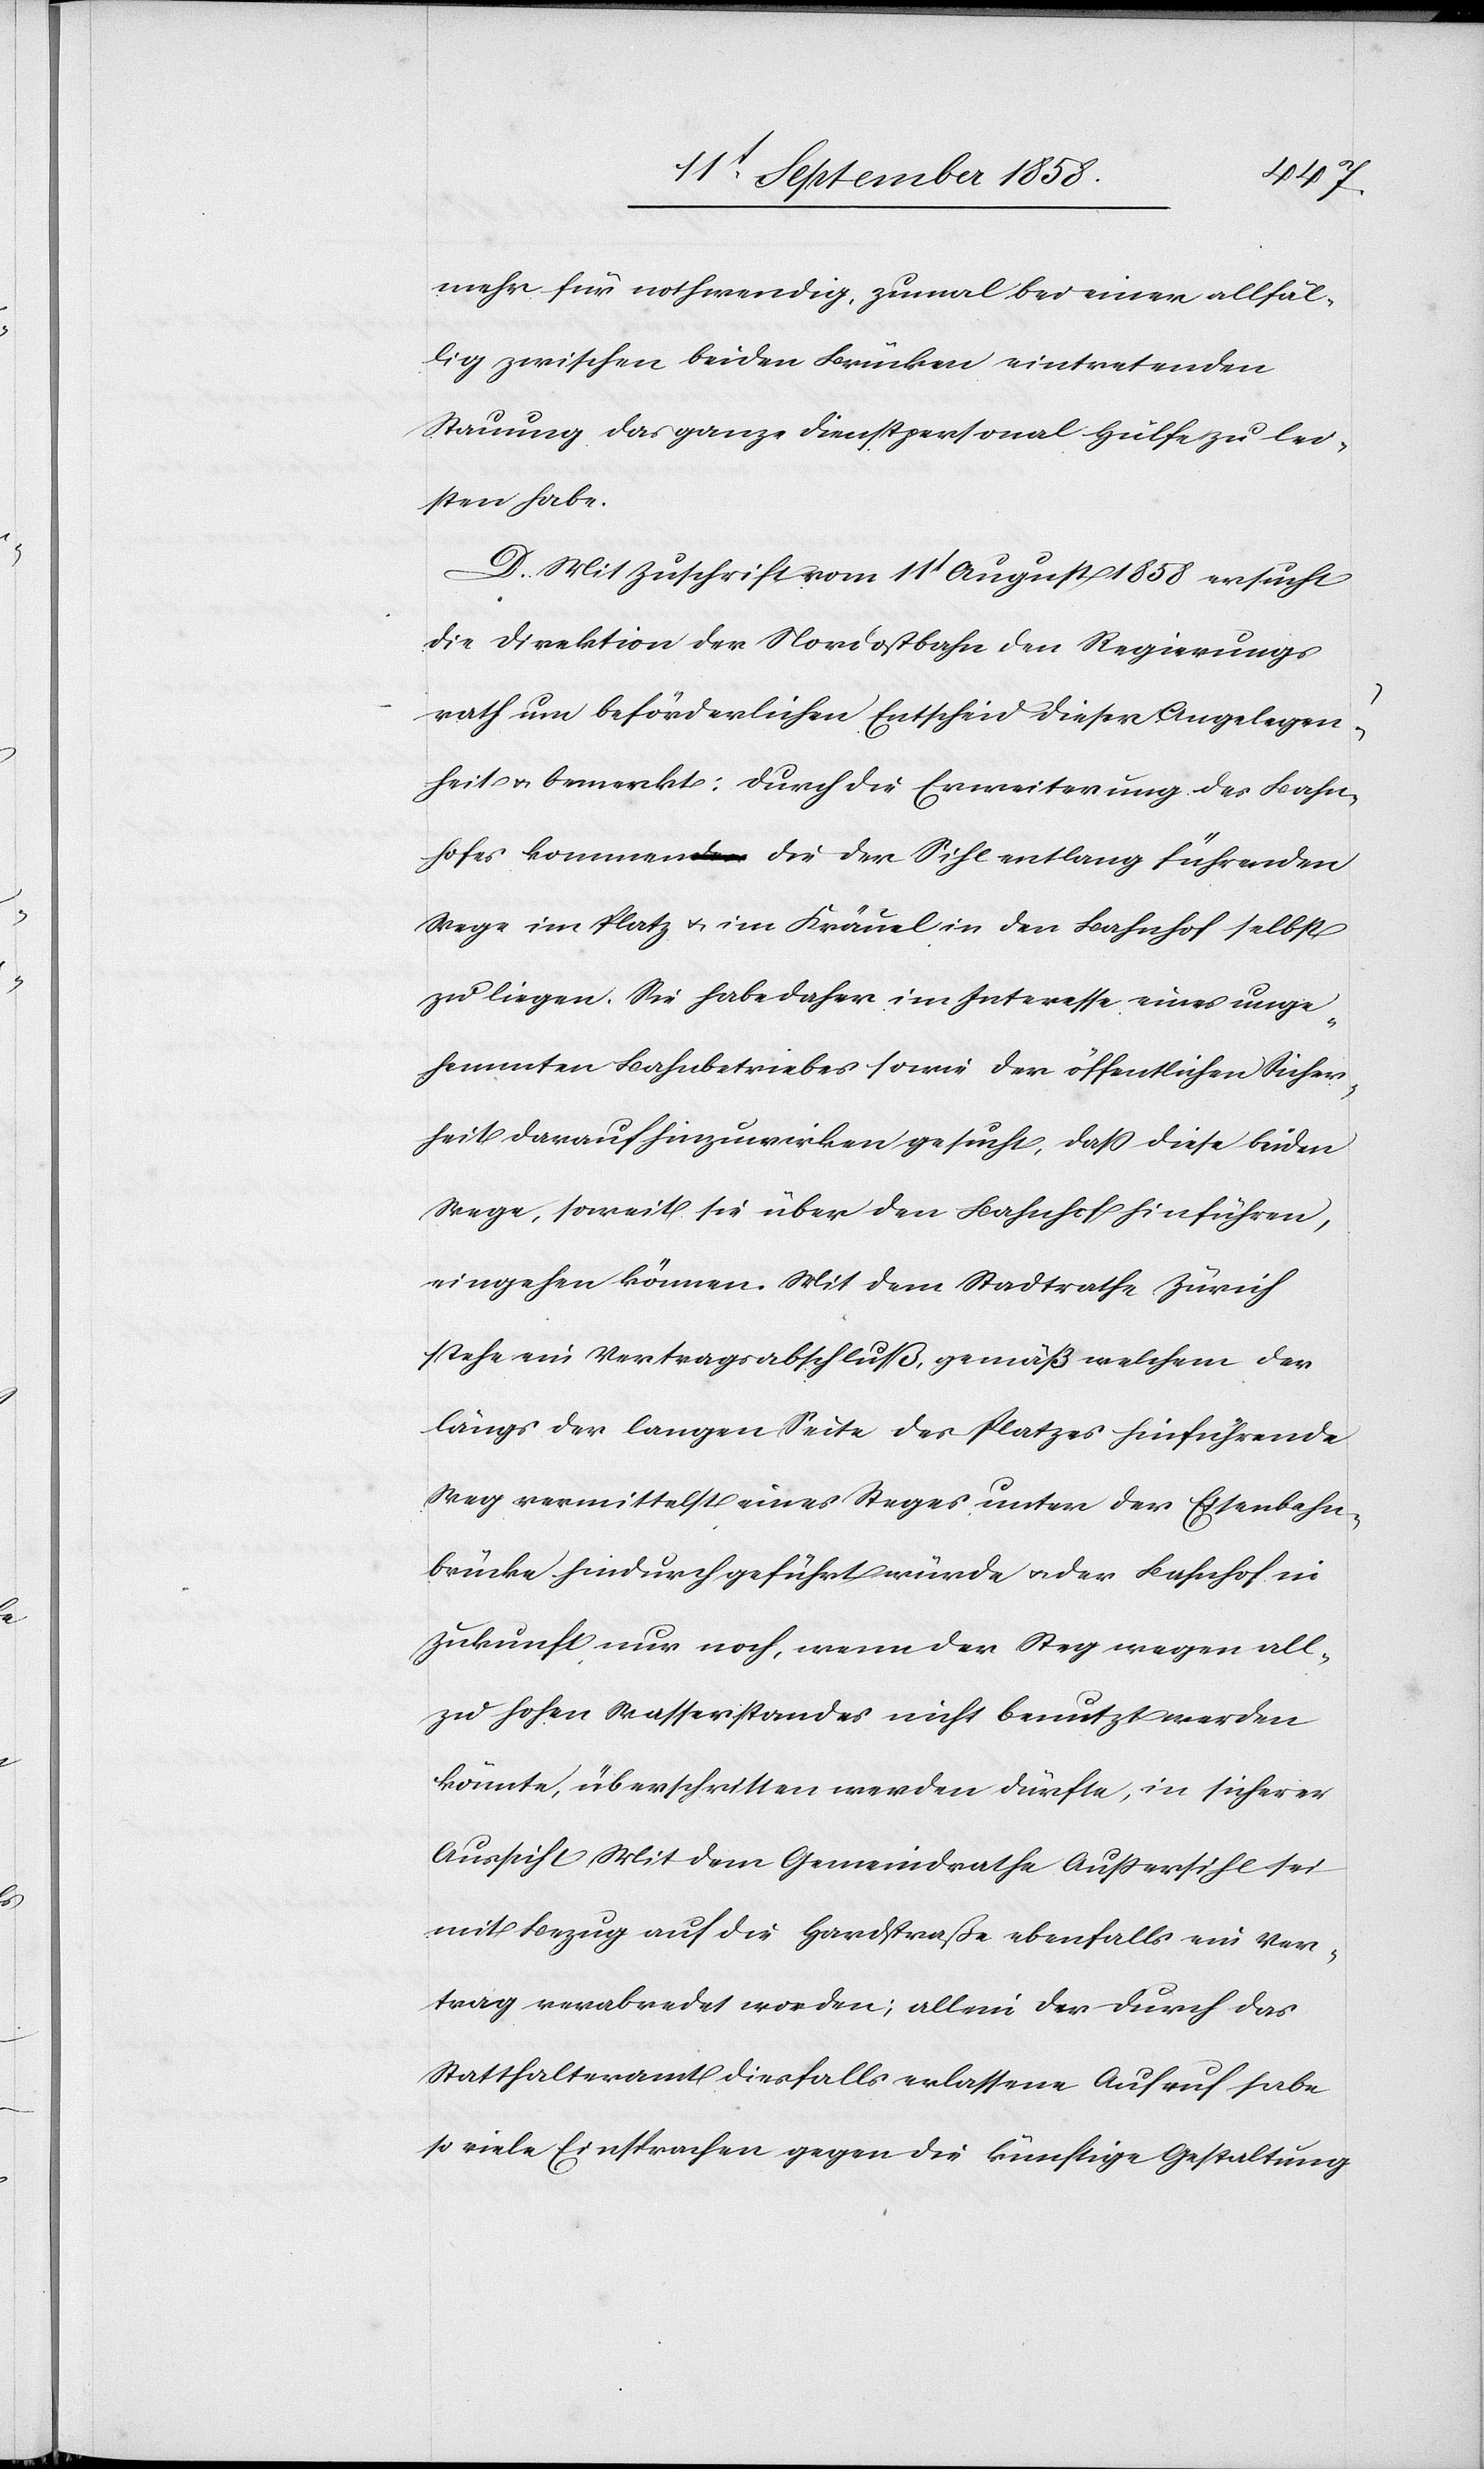
mehr für nothwendig, zumal bei einer allfäl¬
lig zwischen beiden Brücken eintretenden
Stauung das ganze Dienstpersonal Hülfe zu lei¬
sten habe.
D. Mit Zuschrift vom 11t August 1858 ersucht
die Direktion der Nordostbahn den Regierungs¬
rath um beförderlichen Entscheid dieser Angelegen¬
heit & bemerkt: Durch die Erweiterung des Bahn¬
hofes kommen die der Sihl entlang führenden
Wege im Platz & im Kräuel in den Bahnhof selbst
zu liegen. Sie habe daher im Interesse eines unge¬
hemmten Bahnbetriebes sowie der öffentlichen Sicher¬
heit darauf hinzuwirken gesucht, daß diese beiden
Wege, soweit sie über den Bahnhof hinführen,
eingehen können. Mit dem Stadtrathe Zürich
stehe ein Vertragsabschluß, gemäß welchem der
längs der langen Seite des Platzes hinführende
Weg vermittelst eines Steges unter der Eisenbahn¬
brücke hindurch geführt würde & der Bahnhof in
Zukunft nur noch, wenn der Steg wegen all¬
zu hohen Wasserstandes nicht benutzt werden
könnte, überschritten werden dürfte, in sicherer
Aussicht. Mit dem Gemeindrathe Außersihl sei
mit Bezug auf die Hardstraße ebenfalls ein Ver¬
trag verabredet worden; allein der durch das
Statthalteramt diesfalls erlassene Aufruf habe
so viele Einsprachen gegen die künftige Gestaltung